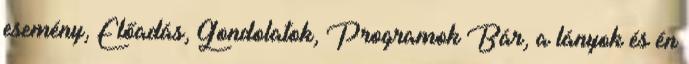
esemény, Előadás, Gondolatok, Programok Bár, a lányok és én